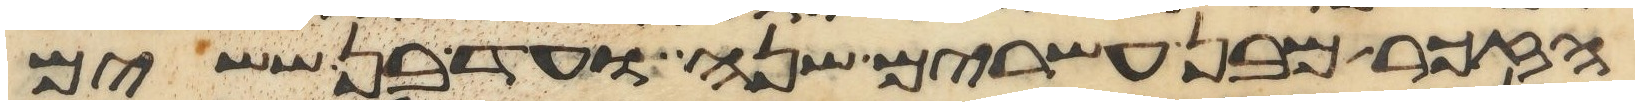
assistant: הזכר מבן עשרים שנה ועד בן ששים